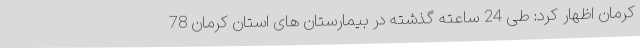
کرمان اظهار کرد: طی 24 ساعته گذشته در بیمارستان های استان کرمان 78